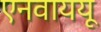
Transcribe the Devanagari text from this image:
एनवाययू